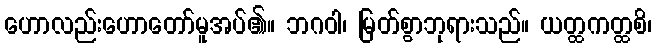
ဟောလည်းဟောတော်မူအပ်၏။ ဘဂဝါ၊ မြတ်စွာဘုရားသည်။ ယတ္ထကတ္ထစိ၊